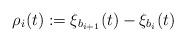
LaTeX: \begin{align*}\rho_i(t):=\xi_{b_{i+1}}(t)-\xi_{b_i}(t)\end{align*}